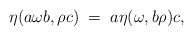
\begin{align*}\eta( a \omega b, \rho c) \; = \; a \eta(\omega, b \rho) c,\end{align*}